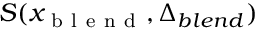
S ( x _ { \mathrm { ~ b ~ l ~ e ~ n ~ d ~ } } , \Delta _ { b l e n d } )